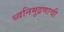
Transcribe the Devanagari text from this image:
ध्वनिमुद्रणाची